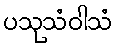
ပသုသံဝါသံ